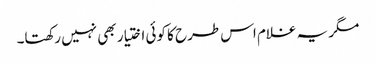
مگر یہ غلام اس طرح کا کوئی اختیار بھی نہیں رکھتا۔